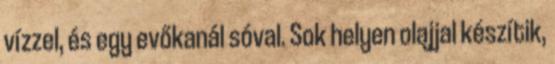
vízzel, és egy evőkanál sóval. Sok helyen olajjal készítik,